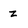
Character: z